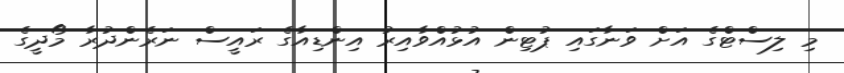
މި ލިސްޓްގެ އަށް ވަނާގައި ޕުޓިން އުޅުއްވާއިރު އިންޑިއާގެ ރައީސް ނަރެންދުރާ މޯދީގެ